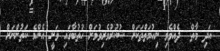
އަދި މާތް  ދެއްވެވި ނިއުމަތްތަކަށް ޝުކުރުވެރިވުމަށް ހުތުބާގައި ވަނީ އެންމެ ކަތުންނަށް